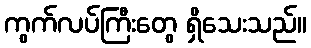
ကွက်လပ်ကြီးတွေ ရှိသေးသည်။